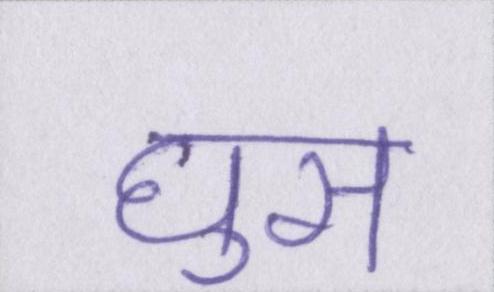
घुस